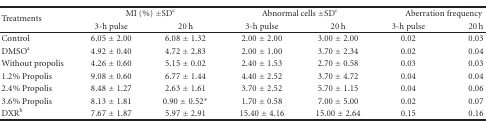
<table><thead><tr><td rowspan="2"><b>Treatments</b></td><td colspan="2"><b>MI (%) ± SD<sup>c</sup></b></td><td colspan="2"><b>Abnormal cells ± SD<sup>c</sup></b></td><td colspan="2"><b>Aberration frequency</b></td></tr><tr><td><b>3-h pulse</b></td><td><b>20 h</b></td><td><b>3-h pulse</b></td><td><b>20 h</b></td><td><b>3-h pulse</b></td><td><b>20 h</b></td></tr></thead><tbody><tr><td>Control</td><td>6.05 ± 2.00</td><td>6.08 ± 1.32</td><td>2.00 ± 2.00</td><td>3.00 ± 2.00</td><td>0.02</td><td>0.03</td></tr><tr><td>DMSO<sup>a</sup></td><td>4.92 ± 0.40</td><td>4.72 ± 2.83</td><td>2.00 ± 1.00</td><td>3.70 ± 2.34</td><td>0.02</td><td>0.04</td></tr><tr><td>Without propolis</td><td>4.26 ± 0.60</td><td>5.15 ± 0.02</td><td>2.40 ± 1.53</td><td>2.70 ± 0.58</td><td>0.03</td><td>0.03</td></tr><tr><td>1.2% Propolis</td><td>9.08 ± 0.60</td><td>6.77 ± 1.44</td><td>4.40 ± 2.52</td><td>3.70 ± 4.72</td><td>0.04</td><td>0.04</td></tr><tr><td>2.4% Propolis</td><td>8.48 ± 1.27</td><td>2.63 ± 1.61</td><td>3.70 ± 2.52</td><td>5.70 ± 1.15</td><td>0.04</td><td>0.06</td></tr><tr><td>3.6% Propolis</td><td>8.13 ± 1.81</td><td>0.90 ± 0.52*</td><td>1.70 ± 0.58</td><td>7.00 ± 5.00</td><td>0.02</td><td>0.07</td></tr><tr><td>DXR<sup>b</sup></td><td>7.67 ± 1.87</td><td>5.97 ± 2.91</td><td>15.40 ± 4.16</td><td>15.00 ± 2.64</td><td>0.15</td><td>0.16</td></tr></tbody></table>